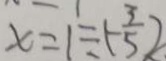
x = 1 \div ( - \frac { 3 } { 5 } )